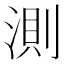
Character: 測